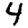
Digit: 4